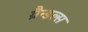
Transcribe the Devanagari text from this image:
ग्रैन्डल्स